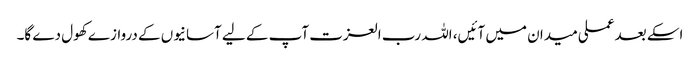
اسکے بعد عملی میدان میں آئیں، اللہ رب العزت آپ کے لیے آسانیوں کے دروازے کھول دے گا۔